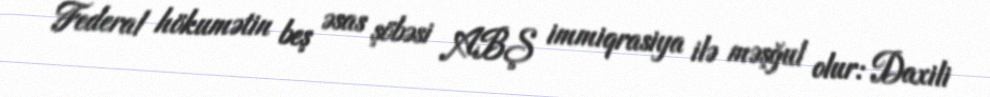
Federal hökumətin beş əsas şöbəsi ABŞ immiqrasiya ilə məşğul olur: Daxili